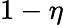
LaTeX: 1-\eta